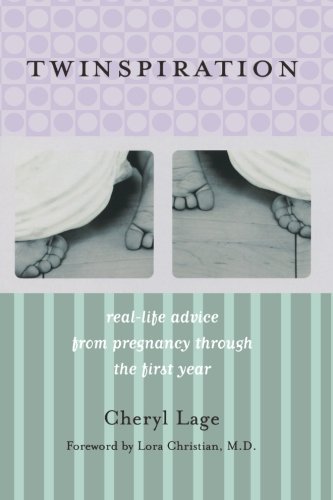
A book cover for Twinspiration: Real-Life Advice From Pregnancy Through the First Year (for Parents of Twins and Multiples); Cheryl Lage; Parenting & Relationships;